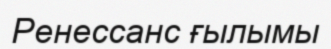
Ренессанс ғылымы